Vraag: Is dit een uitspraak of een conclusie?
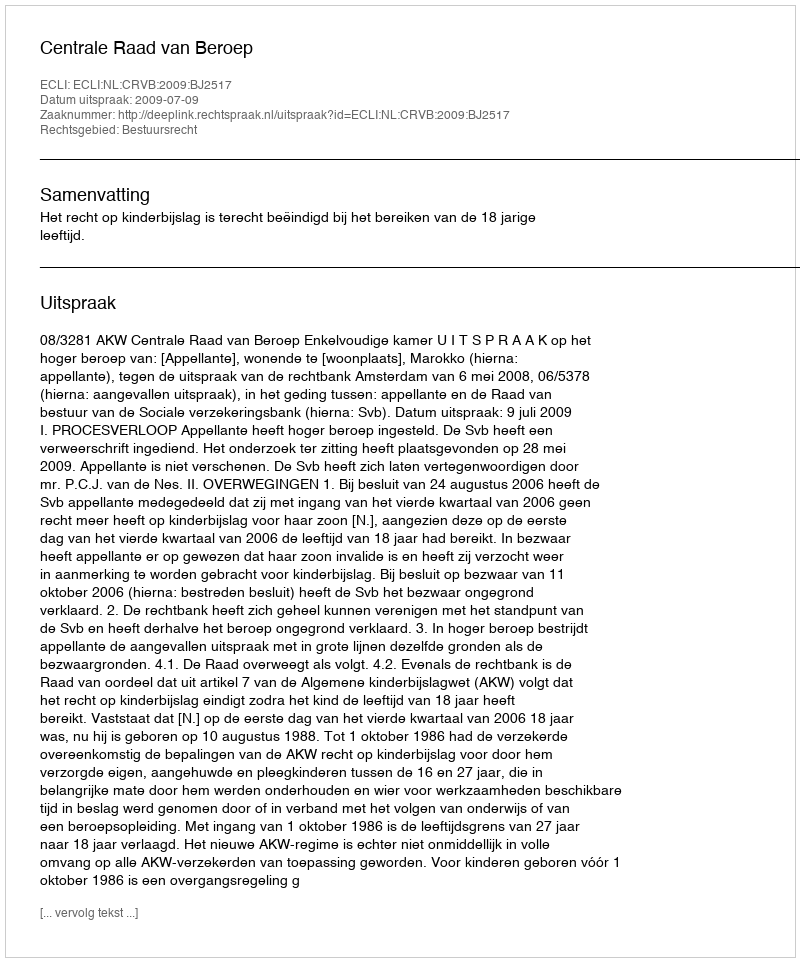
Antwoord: Uitspraak